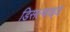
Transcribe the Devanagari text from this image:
डिसल्फाइड